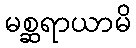
မစ္ဆရာယာမိ